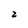
Character: z